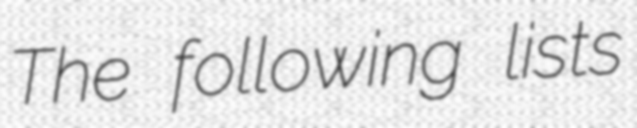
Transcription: The following lists